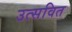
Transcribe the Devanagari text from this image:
उत्सवित